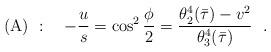
LaTeX: \begin{align*}({\rm A})~: \ \ \ -{u\over s} = \cos^2{\phi\over 2} ={\theta_2^4(\bar\tau) - v^2\over\theta_3^4(\bar\tau)}\ \ .\end{align*}